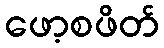
ဖော့စဖိတ်